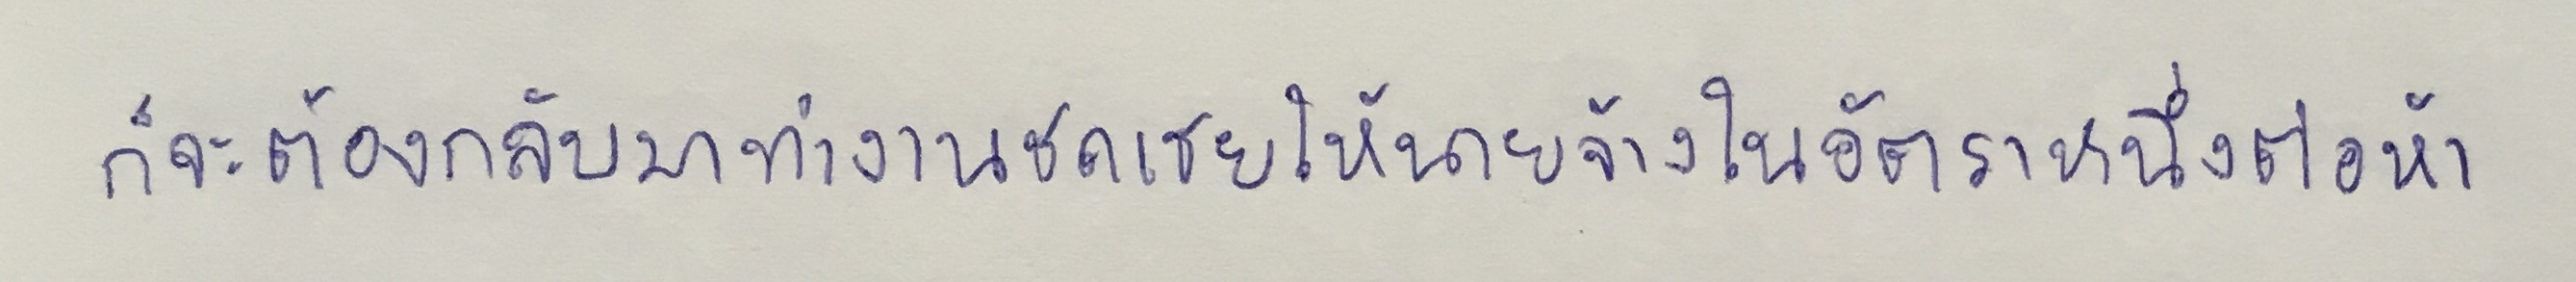
ก็จะต้องกลับมาทำงานชดเชยให้นายจ้างในอัตราหนึ่งต่อห้า